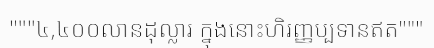
"""៤,៤០០លានដុល្លារ ក្នុងនោះហិរញ្ញប្បទានឥត"""